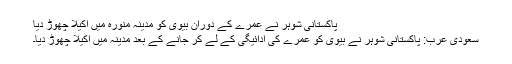
پاکستانی شوہر نے عمرے کے دوران بیوی کو مدینہ منورہ میں اکیلا چھوڑ دیا
سعودی عرب: پاکستانی شوہر نے بیوی کو عمرے کی ادائیگی کے لے کر جانے کے بعد مدینہ میں اکیلا چھوڑ دیا۔